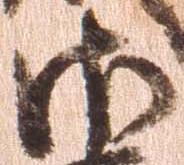
御